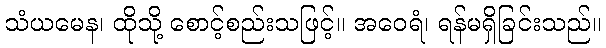
သံယမေန၊ ထိုသို့ စောင့်စည်းသဖြင့်။ အဝေရံ၊ ရန်မရှိခြင်းသည်။